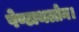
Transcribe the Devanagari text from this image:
पेण्टाथलोन।